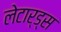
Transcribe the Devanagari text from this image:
लेटार्ड्स